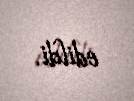
edildi.